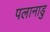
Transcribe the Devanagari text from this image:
पलानाडु